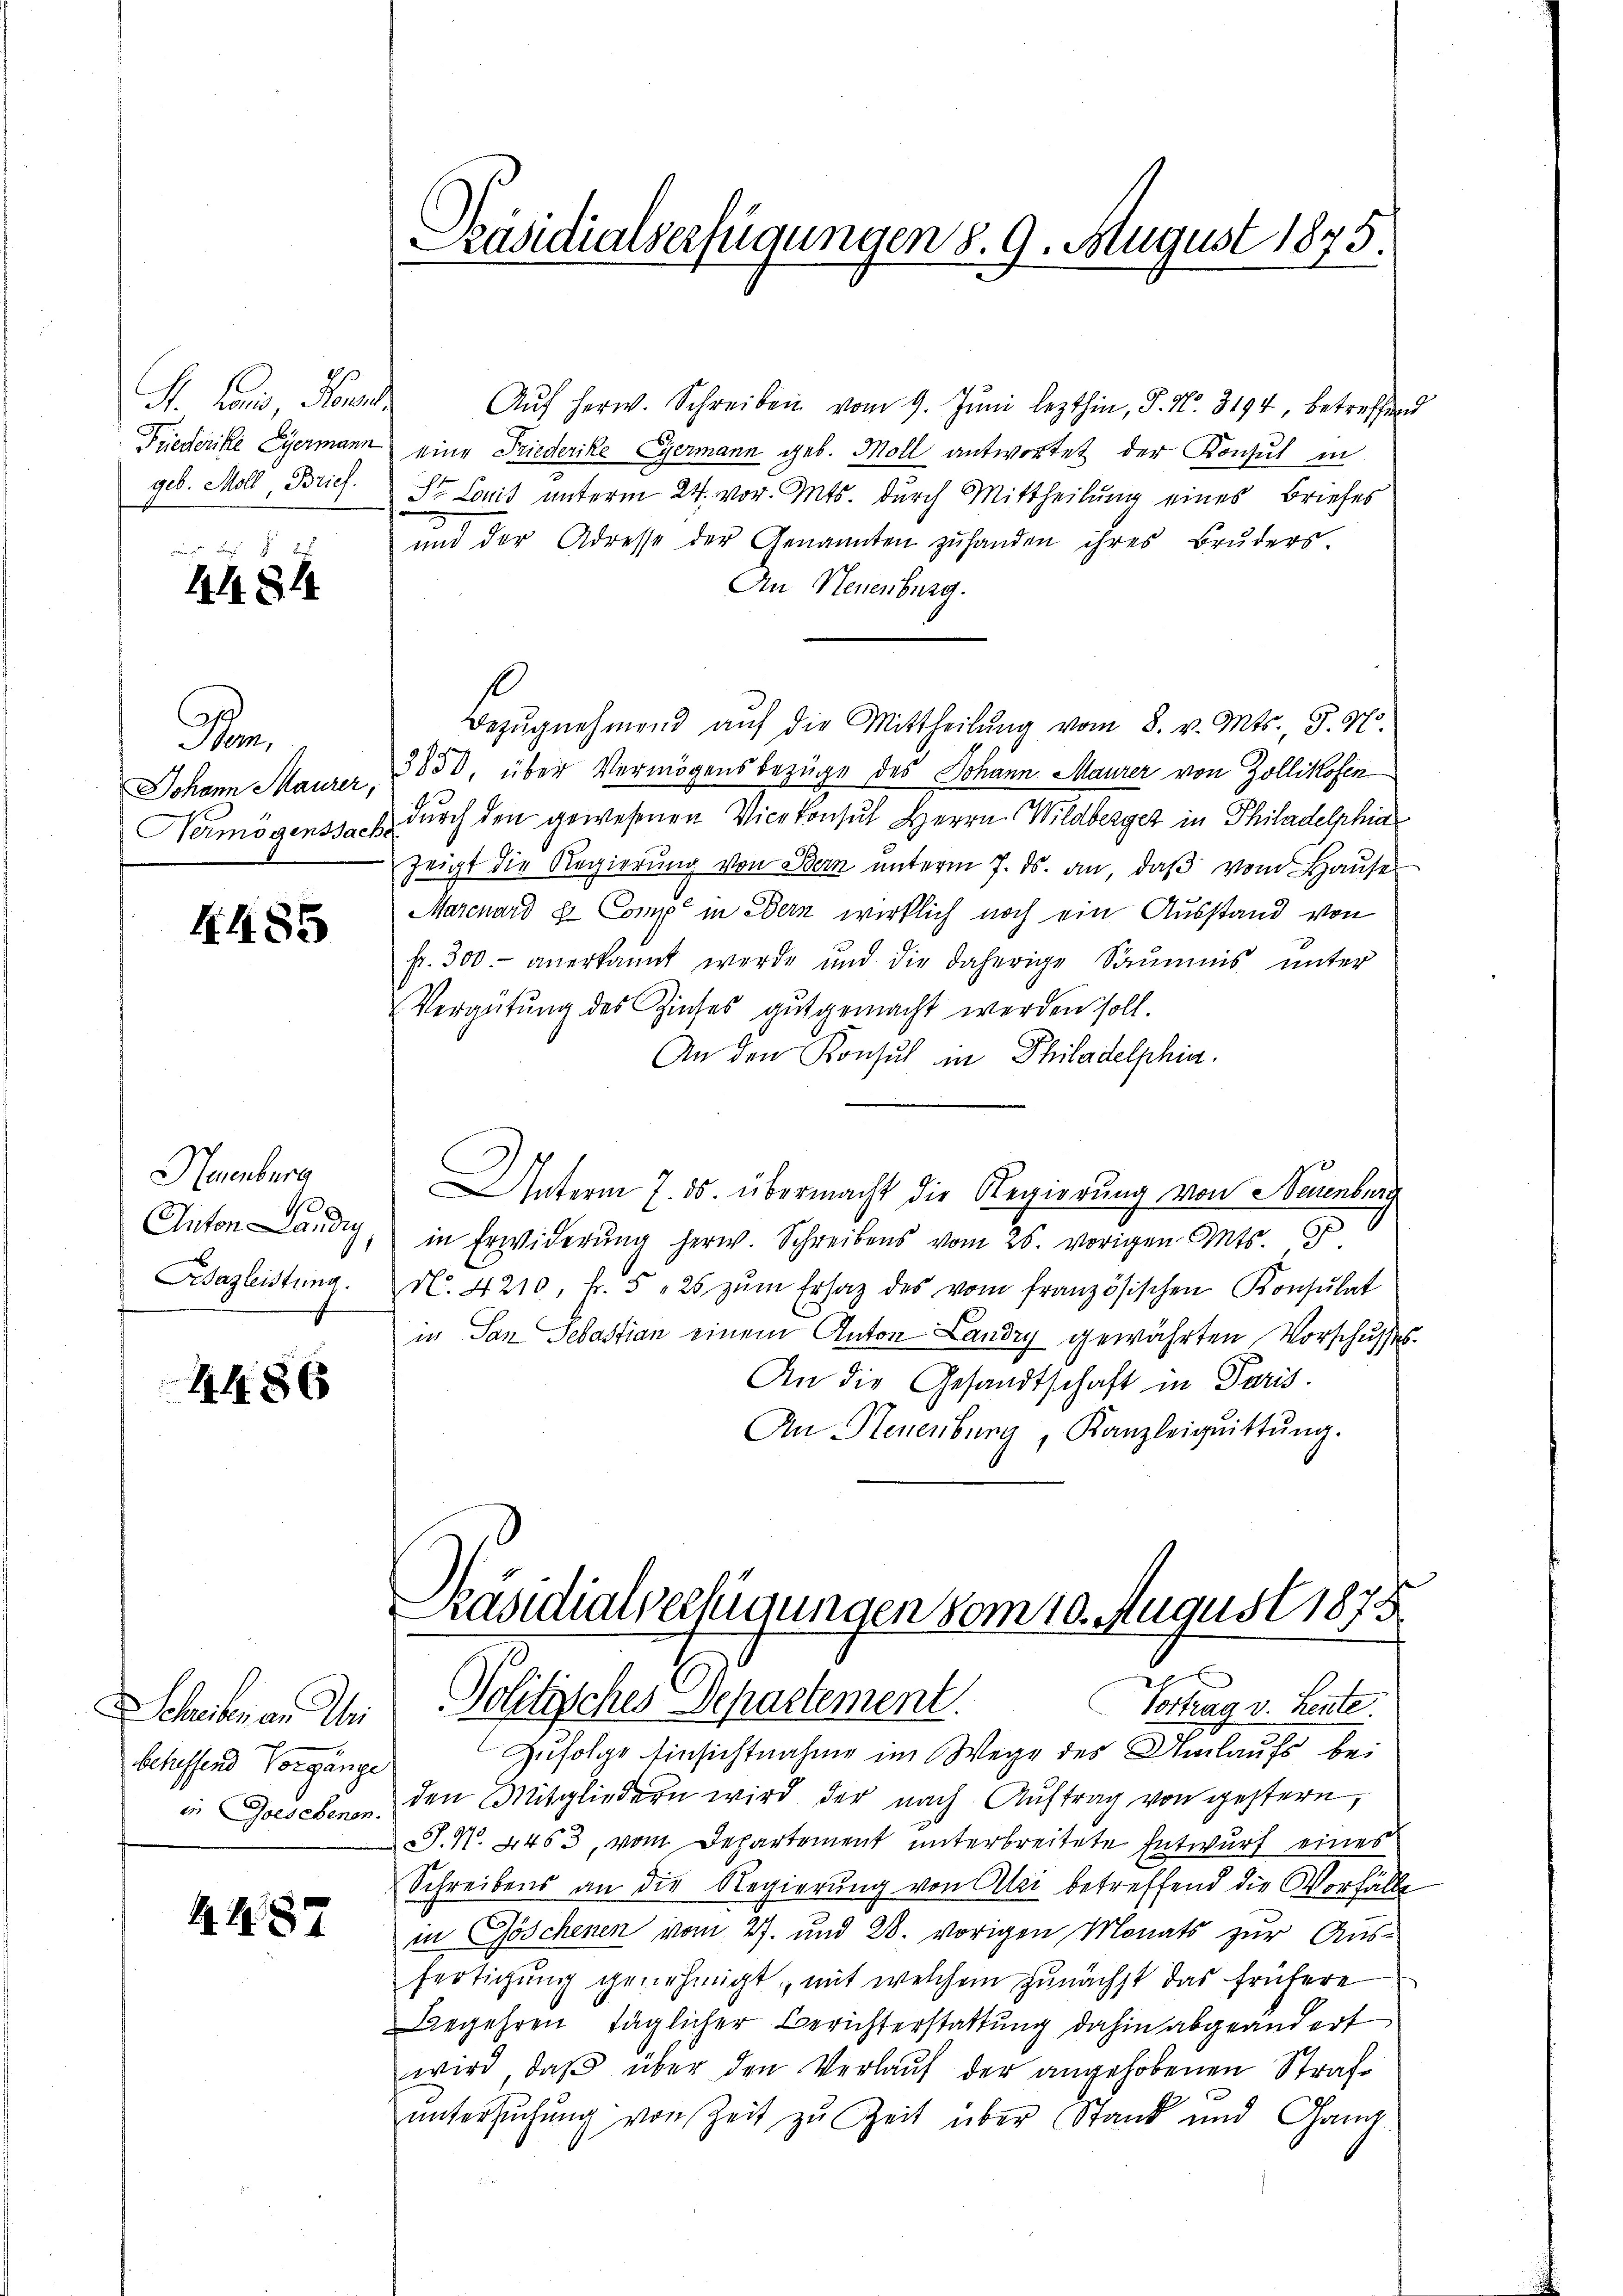
H. Land, Hann
Friederike Lyermann
geb. Moll, Brief.

4484

on
Johann Maurer,
Vermögenssache

4485

Neuenburg
Anton Landig
Bazleistung

4486

SSchreiben am Wei
betreffend Vorgänge
in Goesebenen.

A. S. 87

Präsidialverfügungen §. 9. August 1875.

Aŭf herw. Schreiben vom 9. Jŭni lezthin, P. Nr. 3194, betreffend
eine Friederike Gyermann geb. Moll antwortet der Konsul in
 Louis unterm 24. vor. Mts. durch Mittheilung eines Briefes
ŭnd der Adresse der Genannten zŭ handen ihres Brŭders.
An Neuenburg.
Bezŭgnehmend aŭf die Mittheilŭng vom 8. v. Mts., S. 37.
3850, über Vermögensbezüge des Johann Maurer von Zollikofen
durch den gewesenen Vicekonsul Herrn Wildberger in Philadelphia
zeigt die Regierŭng von Bern ŭnterm 7. ds. an, daβ vom Haŭse
Marcuard & Comp in Bern wirklich noch ein Ausstand von
st. 300. anerkannt werde und die daherige Säumnis ŭnter
Vergütŭng des Zinses gutgemacht werden soll.
An den Konsul in Philadelphia.
Unterm 7. ds. übermacht die Regierung von Neuenburg
in Erwiderŭng herw. Schreibens vom 25. vorigen Mts.
N. 4210, Fr. 525 zŭm Ersatz des vom französischen Konsŭlat
in San Sebastian einem Anton Landry gewährten Vorschusses.
An die Gesandtschaft in Paris.
An Neuenburg, Kanzleiguittung.
Präsidialverfügungen vom 10. August 1873
Politisches Departement.
Vortrag v. Leute
Zufolge Einsichtnahme im Wege des Umlaufs bei
den Mitgliedern wird der nach Auftrag von gestern,
S. N. 4453, vom Departement unterbreitete Entwurf eines
Schreibens an die Regierung von Ali betreffend die Vorfälle
in Göschenen vom 27. und 28. vorigen Monats zur Aus-
fertigung genehmigt, mit welchem zunächst das frühere
Begehren täglicher Berichterstattung dahin abgeändert
wird, daβ über den Verlaŭf der angehobenen Strafe
untersuchung von Zeit zu Zeit über Stand und Gang